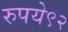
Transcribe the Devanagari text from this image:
रुपये९२